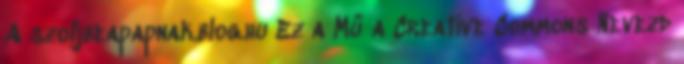
A szoljbeapapnak.blog.hu Ez a Mű a Creative Commons Nevezd